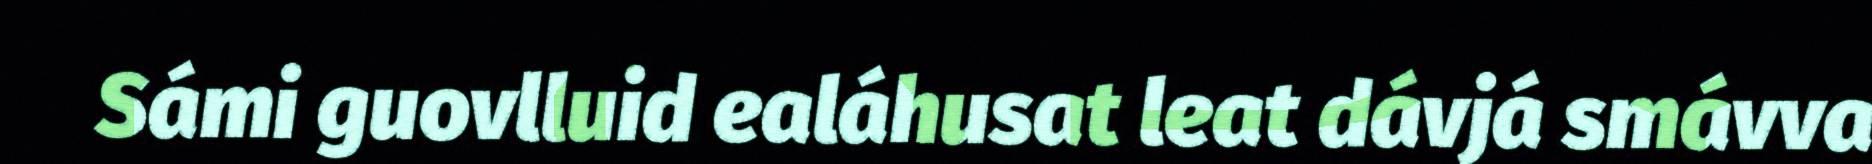
Sámi guovlluid ealáhusat leat dávjá smávva